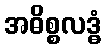
အဓိစ္စလဒ္ဓံ